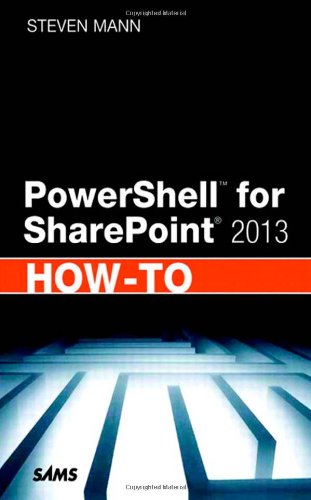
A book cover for PowerShell for SharePoint 2013 How-To; Steven Mann; Computers & Technology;